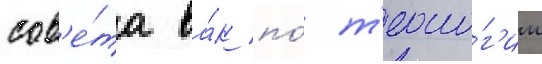
сов'е́та ва́к по́ т'еоло́г'ии